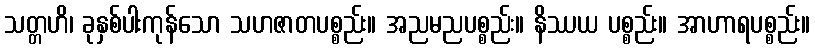
သတ္တဟိ၊ ခုနှစ်ပါးကုန်သော သဟဇာတပစ္စည်း။ အညမညပစ္စည်း။ နိဿယ ပစ္စည်း။ အာဟာရပစ္စည်း။